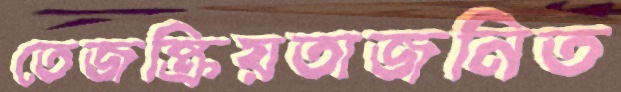
তেজষ্ক্রিয়তাজনিত